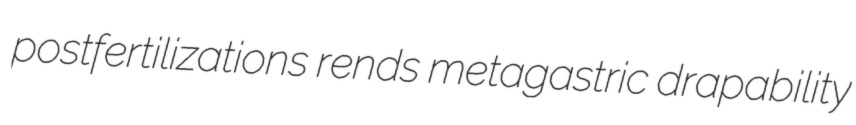
postfertilizations rends metagastric drapability